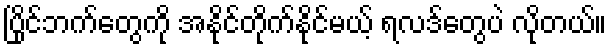
ပြိုင်ဘက်တွေကို အနိုင်တိုက်နိုင်မယ့် ရလဒ်တွေပဲ လိုတယ်။